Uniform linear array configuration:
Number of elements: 48
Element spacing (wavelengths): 0.75
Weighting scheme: binomial
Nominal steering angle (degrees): -45
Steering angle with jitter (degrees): -44.529
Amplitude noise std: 0.05
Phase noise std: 0.05

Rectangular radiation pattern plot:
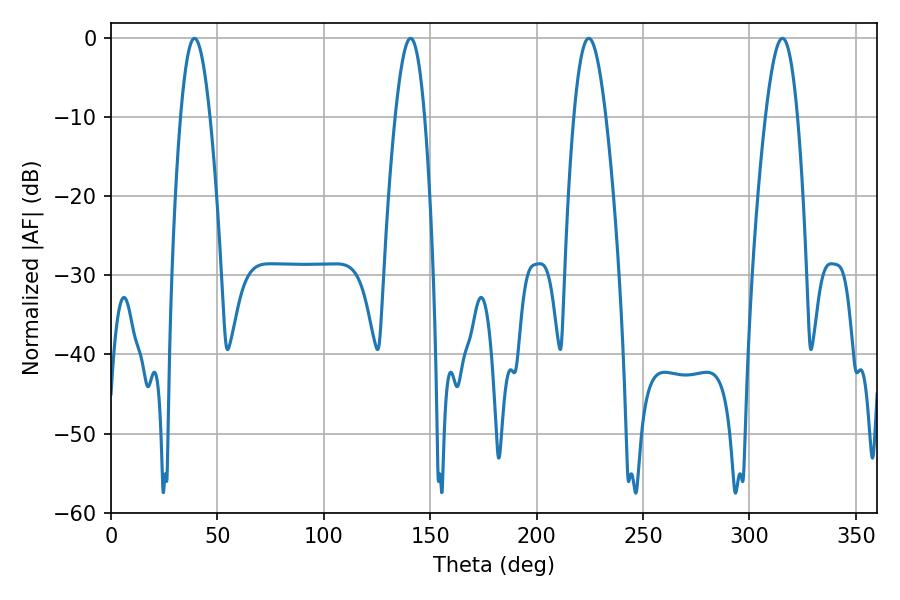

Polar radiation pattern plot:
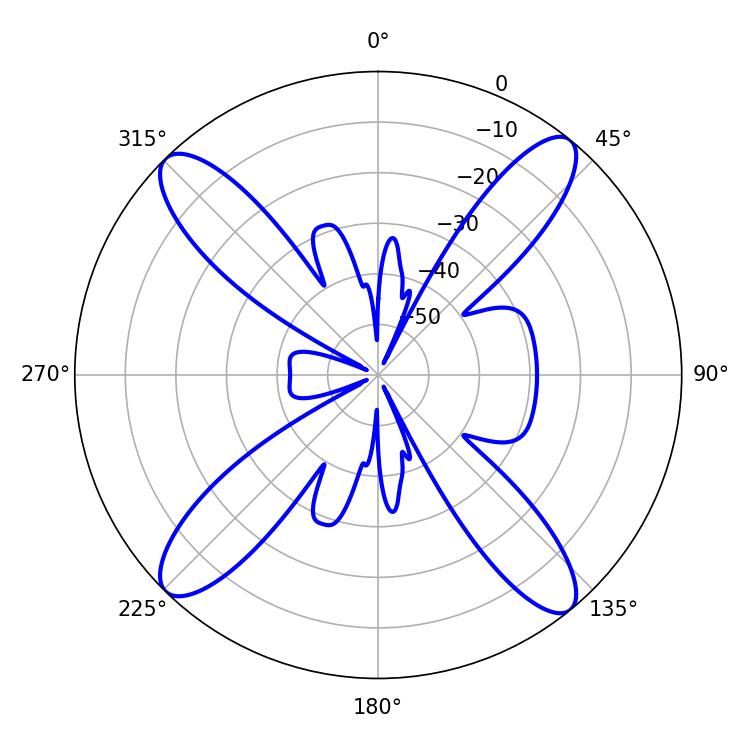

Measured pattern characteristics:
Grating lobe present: TRUE
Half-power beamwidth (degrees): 7.38
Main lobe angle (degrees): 140.76